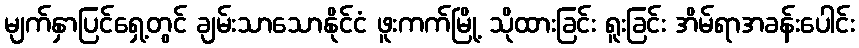
မျက်နှာပြင်ရှေ့တွင် ချမ်းသာသောနိုင်ငံ ဖူးကက်မြို့ သိုထားခြင်း ရူးခြင်း အိမ်ရာအခန်းပေါင်း